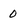
Character: 0